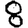
Digit: 8